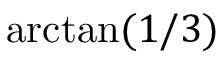
\arctan ( 1 / 3 )